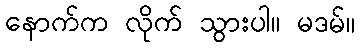
နောက်က လိုက် သွားပါ။ မဒမ်။